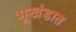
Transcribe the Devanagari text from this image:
भूखंडात